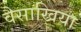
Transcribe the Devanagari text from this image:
वैसाखिया